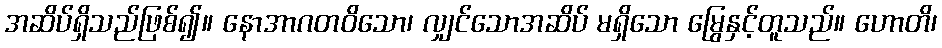
အဆိပ်ရှိသည်ဖြစ်၍။ နောအာဂတဝိသော၊ လျှင်သောအဆိပ် မရှိသော မြွေနှင့်တူသည်။ ဟောတိ၊